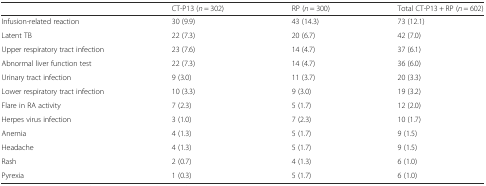
<table><thead><tr><td></td><td><b>CT-P13 (<i>n</i> = 302)</b></td><td><b>RP (<i>n</i> = 300)</b></td><td><b>Total CT-P13 + RP (<i>n</i> = 602)</b></td></tr></thead><tbody><tr><td>Infusion-related reaction</td><td>30 (9.9)</td><td>43 (14.3)</td><td>73 (12.1)</td></tr><tr><td>Latent TB</td><td>22 (7.3)</td><td>20 (6.7)</td><td>42 (7.0)</td></tr><tr><td>Upper respiratory tract infection</td><td>23 (7.6)</td><td>14 (4.7)</td><td>37 (6.1)</td></tr><tr><td>Abnormal liver function test</td><td>22 (7.3)</td><td>14 (4.7)</td><td>36 (6.0)</td></tr><tr><td>Urinary tract infection</td><td>9 (3.0)</td><td>11 (3.7)</td><td>20 (3.3)</td></tr><tr><td>Lower respiratory tract infection</td><td>10 (3.3)</td><td>9 (3.0)</td><td>19 (3.2)</td></tr><tr><td>Flare in RA activity</td><td>7 (2.3)</td><td>5 (1.7)</td><td>12 (2.0)</td></tr><tr><td>Herpes virus infection</td><td>3 (1.0)</td><td>7 (2.3)</td><td>10 (1.7)</td></tr><tr><td>Anemia</td><td>4 (1.3)</td><td>5 (1.7)</td><td>9 (1.5)</td></tr><tr><td>Headache</td><td>4 (1.3)</td><td>5 (1.7)</td><td>9 (1.5)</td></tr><tr><td>Rash</td><td>2 (0.7)</td><td>4 (1.3)</td><td>6 (1.0)</td></tr><tr><td>Pyrexia</td><td>1 (0.3)</td><td>5 (1.7)</td><td>6 (1.0)</td></tr></tbody></table>